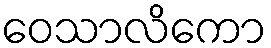
ဝေသာလိကော